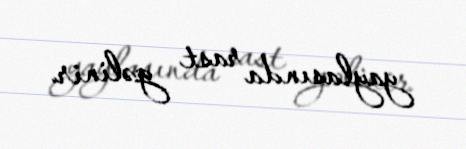
yaylasında rast gəlinir.